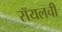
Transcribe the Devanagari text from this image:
रॉयलची